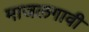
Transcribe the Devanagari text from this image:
माजलगावी